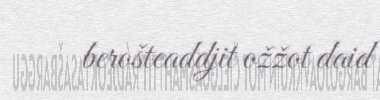
berošteaddjit ožžot daid